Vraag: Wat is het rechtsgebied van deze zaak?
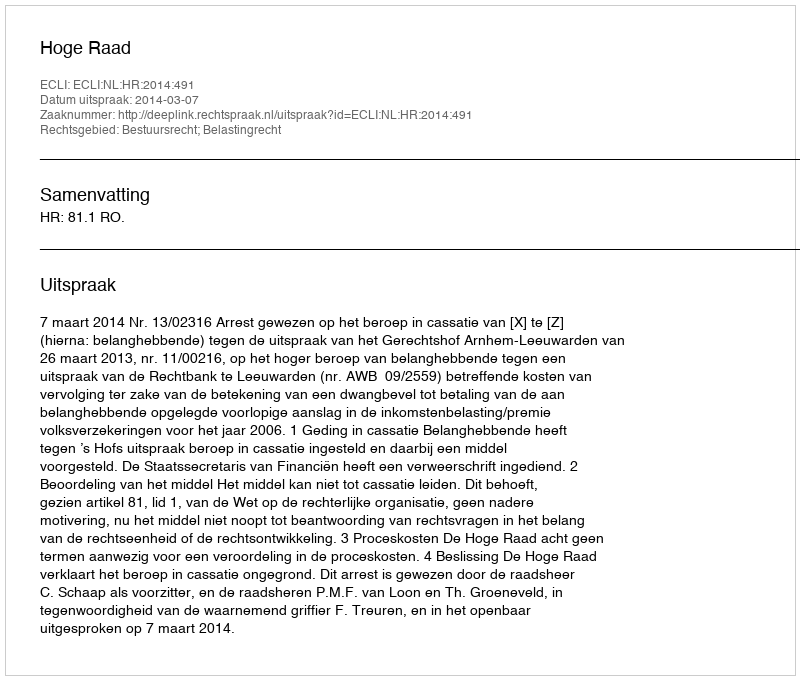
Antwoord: Bestuursrecht; Belastingrecht